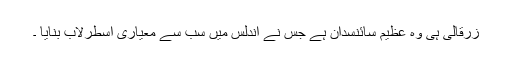
زرقالی ہی وہ عظیم سائنسدان ہے جس نے اندلس میں سب سے معیاری اُسطُرلاب بنایا ۔